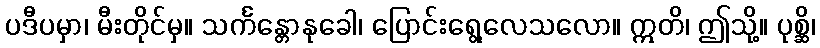
ပဒီပမှာ၊ မီးတိုင်မှ။ သင်္ကန္တောနုခေါ၊ ပြောင်းရွေ့လေသလော။ ဣတိ၊ ဤသို့။ ပုစ္ဆိ၊